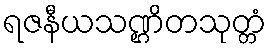
ရဇနီယသဏ္ဌိတသုတ္တံ